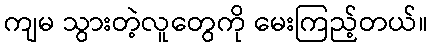
ကျမ သွားတဲ့လူတွေကို မေးကြည့်တယ်။